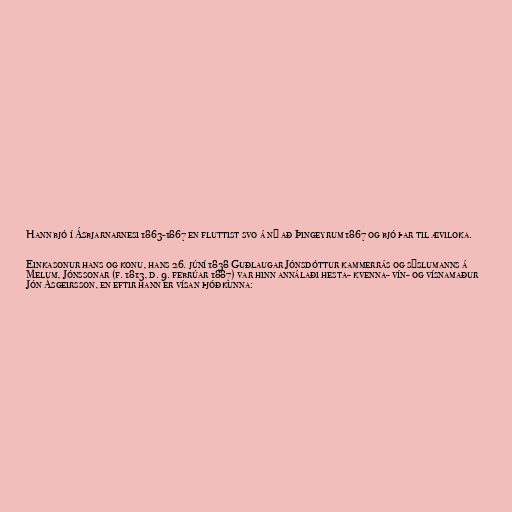
Hann bjó í Ásbjarnarnesi 1863-1867 en fluttist svo á ný að Þingeyrum 1867 og bjó þar til æviloka.

Einkasonur hans og konu, hans 26. júní 1838 Guðlaugar Jónsdóttur kammerrás og sýslumanns á
Melum, Jónssonar (f. 1813, d. 9. febrúar 1887) var hinn annálaði hesta- kvenna- vín- og vísnamaður
Jón Ásgeirsson, en eftir hann er vísan þjóðkunna: